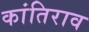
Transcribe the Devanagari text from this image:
कांतिराव